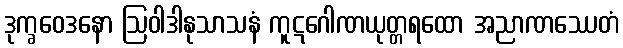
ဒုက္ခဝေဒနော ဩဝါဒါနုသာသနံ ကူဋဂေါဏယုတ္တရထော အညာဏဿေတံ